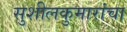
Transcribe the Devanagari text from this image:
सुशीलकुमारांचा